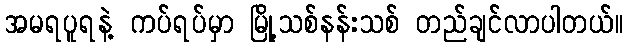
အမရပူရနဲ့ ကပ်ရပ်မှာ မြို့သစ်နန်းသစ် တည်ချင်လာပါတယ်။